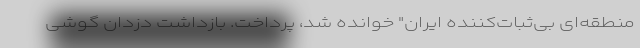
منطقه‌ای بی‌ثبات‌کننده ایران" خوانده شد، پرداخت. بازداشت دزدان گوشی